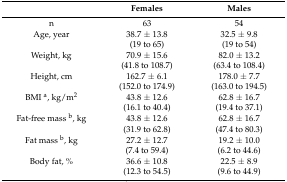
|  | Females | Males |
 | --- | --- | --- |
 | n | 63 | 54 |
 | Age, year | 38.7 ± 13.8 | 32.5 ± 9.8 |
 |  | (19 to 65) | (19 to 54) |
 | Weight, kg | 70.9 ± 15.6 | 82.0 ± 13.2 |
 |  | (41.8 to 108.7) | (63.4 to 108.4) |
 | Height, cm | 162.7 ± 6.1 | 178.0 ± 7.7 |
 |  | (152.0 to 174.9) | (163.0 to 194.5) |
 | BMI a, kg/m2 | 43.8 ± 12.6 | 62.8 ± 16.7 |
 |  | (16.1 to 40.4) | (19.4 to 37.1) |
 | Fat-free mass b, kg | 43.8 ± 12.6 | 62.8 ± 16.7 |
 |  | (31.9 to 62.8) | (47.4 to 80.3) |
 | Fat mass b, kg | 27.2 ± 12.7 | 19.2 ± 10.0 |
 |  | (7.4 to 59.4) | (6.2 to 44.6) |
 | Body fat, % | 36.6 ± 10.8 | 22.5 ± 8.9 |
 |  | (12.3 to 54.5) | (9.6 to 44.9) |